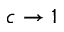
c \to 1